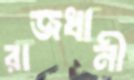
রাজধানী